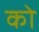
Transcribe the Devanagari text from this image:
को